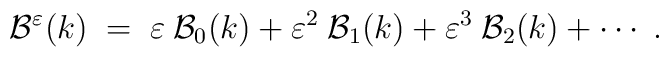
{\cal{B}}^\varepsilon(k) \;=\; \varepsilon\: {\cal{B}}_0(k) + \varepsilon^2\: {\cal{B}}_1(k) + \varepsilon^3\: {\cal{B}}_2(k) + \cdots\;.